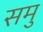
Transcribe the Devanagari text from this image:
समु